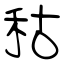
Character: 秙